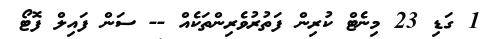
1 ގަޑި 23 މިނެޓް ކުރިން ފަތުރުވެރިންތަކެއް -- ސަން ފައިލް ފޮޓޯ